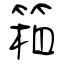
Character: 箱